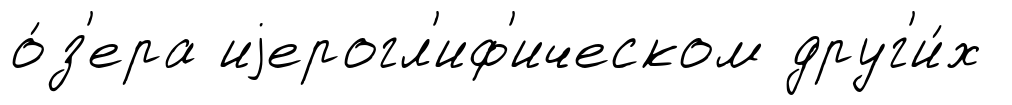
о́з'ера иjерогл'иф'ическом друг'и́х